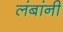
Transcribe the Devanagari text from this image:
लंबांनी